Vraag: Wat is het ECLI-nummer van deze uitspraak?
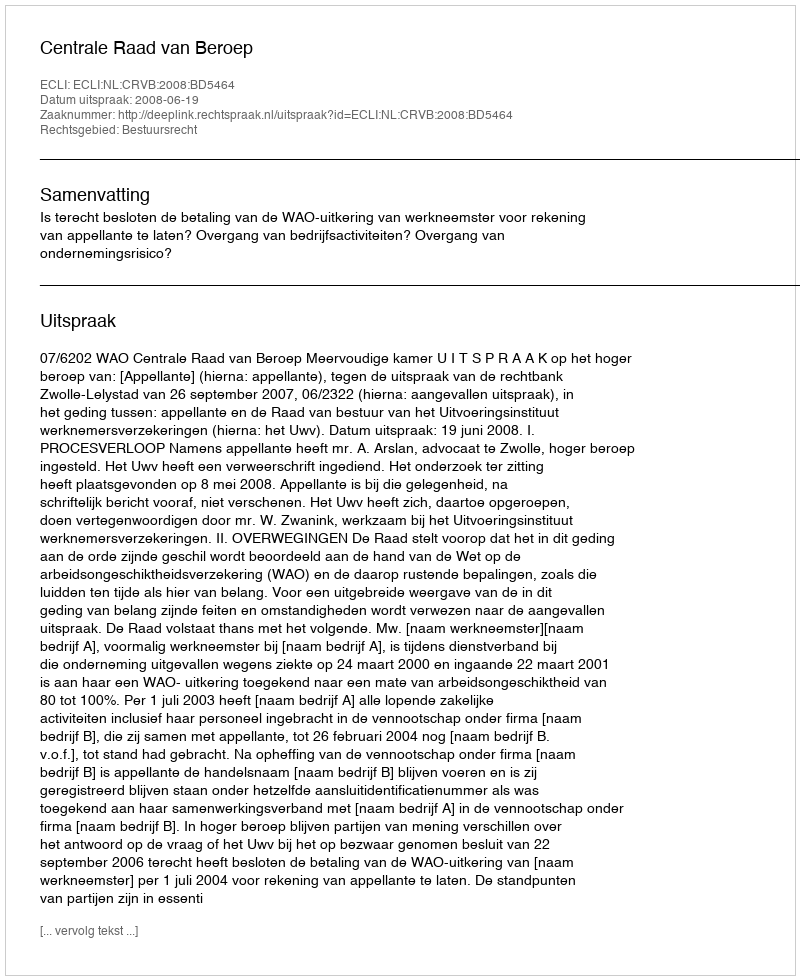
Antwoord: ECLI:NL:CRVB:2008:BD5464